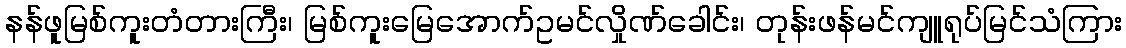
နန်ဖူမြစ်ကူးတံတားကြီး၊ မြစ်ကူးမြေအောက်ဥမင်လှိုဏ်ခေါင်း၊ တုန်းဖန်မင်ကျူရုပ်မြင်သံကြား